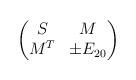
LaTeX: \begin{align*}\begin{pmatrix}S & M \\M^T & \pm E_{20}\end{pmatrix}\end{align*}